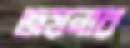
জয়নার